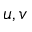
u , v